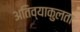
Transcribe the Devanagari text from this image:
अतिव्याकुलता